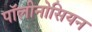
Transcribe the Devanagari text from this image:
पॉलीनोसियन